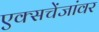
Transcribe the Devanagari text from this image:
एक्सचेंजांवर